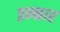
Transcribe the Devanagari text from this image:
इन्‍कार